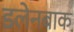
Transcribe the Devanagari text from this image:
डलेनबाक